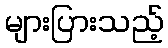
များပြားသည့်